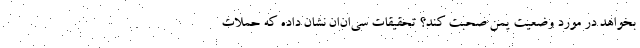
بخواهد در مورد وضعیت یمن صحبت کند؟ تحقیقات سی‌ان‌ان نشان داده که حملات